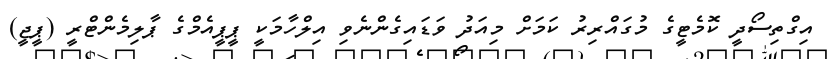
އިގްތިސޯދީ ކޮމެޓީގެ މުގައްރިރު ކަމަށް މިއަދު ވަޑައިގެންނެވި އިލްހާމަކީ ޕީޕީއެމްގެ ޕާލިމެންޓްރީ (ޕީޖީ)